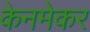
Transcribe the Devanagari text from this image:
केनमेकर